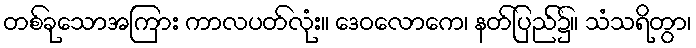
တစ်ခုသောအကြား ကာလပတ်လုံး။ ဒေဝလောကေ၊ နတ်ပြည်၌။ သံသရိတွာ၊